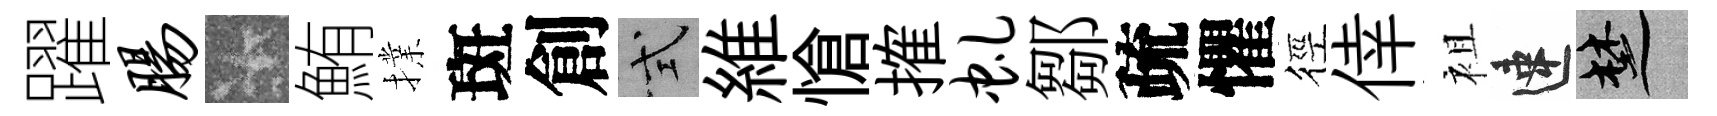
躍肠卡鮪擈斑創式維愴搉虬鄒疏懼徑倖袓速楚